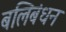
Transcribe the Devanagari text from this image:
बलिबंधन